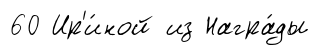
60 Ир'и́ной из Награ́ды